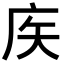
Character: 𢇻